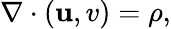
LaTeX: \nabla\cdot(\mathbf{u},v)=\rho,